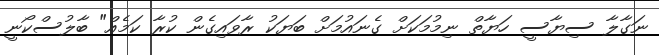
ނަގާލާ ސިޔާސީ ހަޔާތް ނިމުމަކަށް ގެނައުމަށް ބަޔަކު ރާވައިގެން ކުރާ ކަމެއް" ބާލުސްކޯނީ